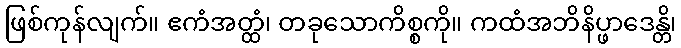
ဖြစ်ကုန်လျက်။ ဧကံအတ္ထံ၊ တခုသောကိစ္စကို။ ကထံအဘိနိပ္ဖာဒေန္တိ၊